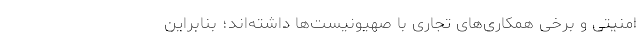
امنیتی و برخی همکاری‌های تجاری با صهیونیست‌ها داشته‌اند؛ بنابراین